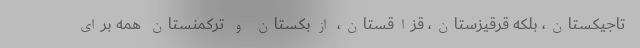
تاجیکستان، بلکه قرقیزستان، قزاقستان، ازبکستان و ترکمنستان همه برای